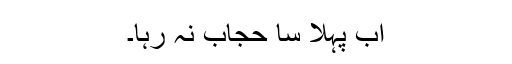
اب پہلا سا حجاب نہ رہا۔